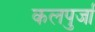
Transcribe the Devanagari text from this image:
कलपुर्जा